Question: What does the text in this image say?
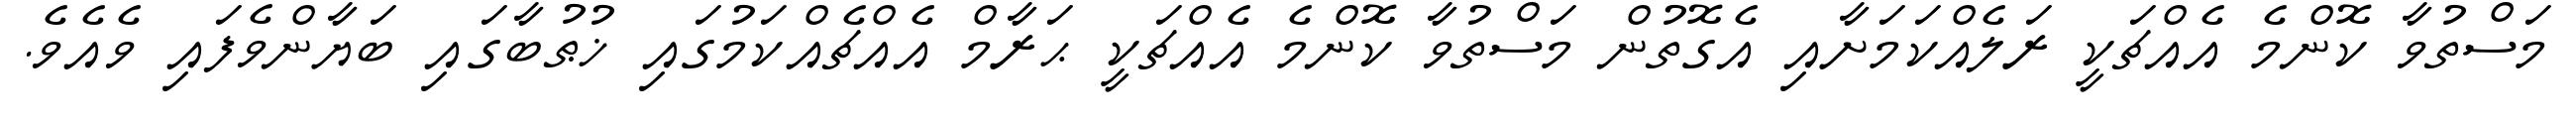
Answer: މަސްތުވާ ކޮންމެ އެއްޗަކީ ރަލެއްކަމަށާއި އެގޮތުން މަސްތުވާ ކޮންމެ އެއްޗަކީ ޙަރާމް އެއްޗެއްކަމުގައި ޚުޠުބާގައި ބަޔާންވެފައި ވެއެވެ.